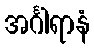
အင်္ဂါရာနံ